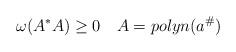
LaTeX: \begin{align*}\omega (A^{*}A)\geq 0\quad A=polyn(a^{\#})\end{align*}